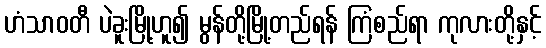
ဟံသာဝတီ ပဲခူးမြို့ဟူ၍ မွန်တို့မြို့တည်ရန် ကြံစည်ရာ ကုလားတို့နှင့်